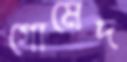
গোমেদ